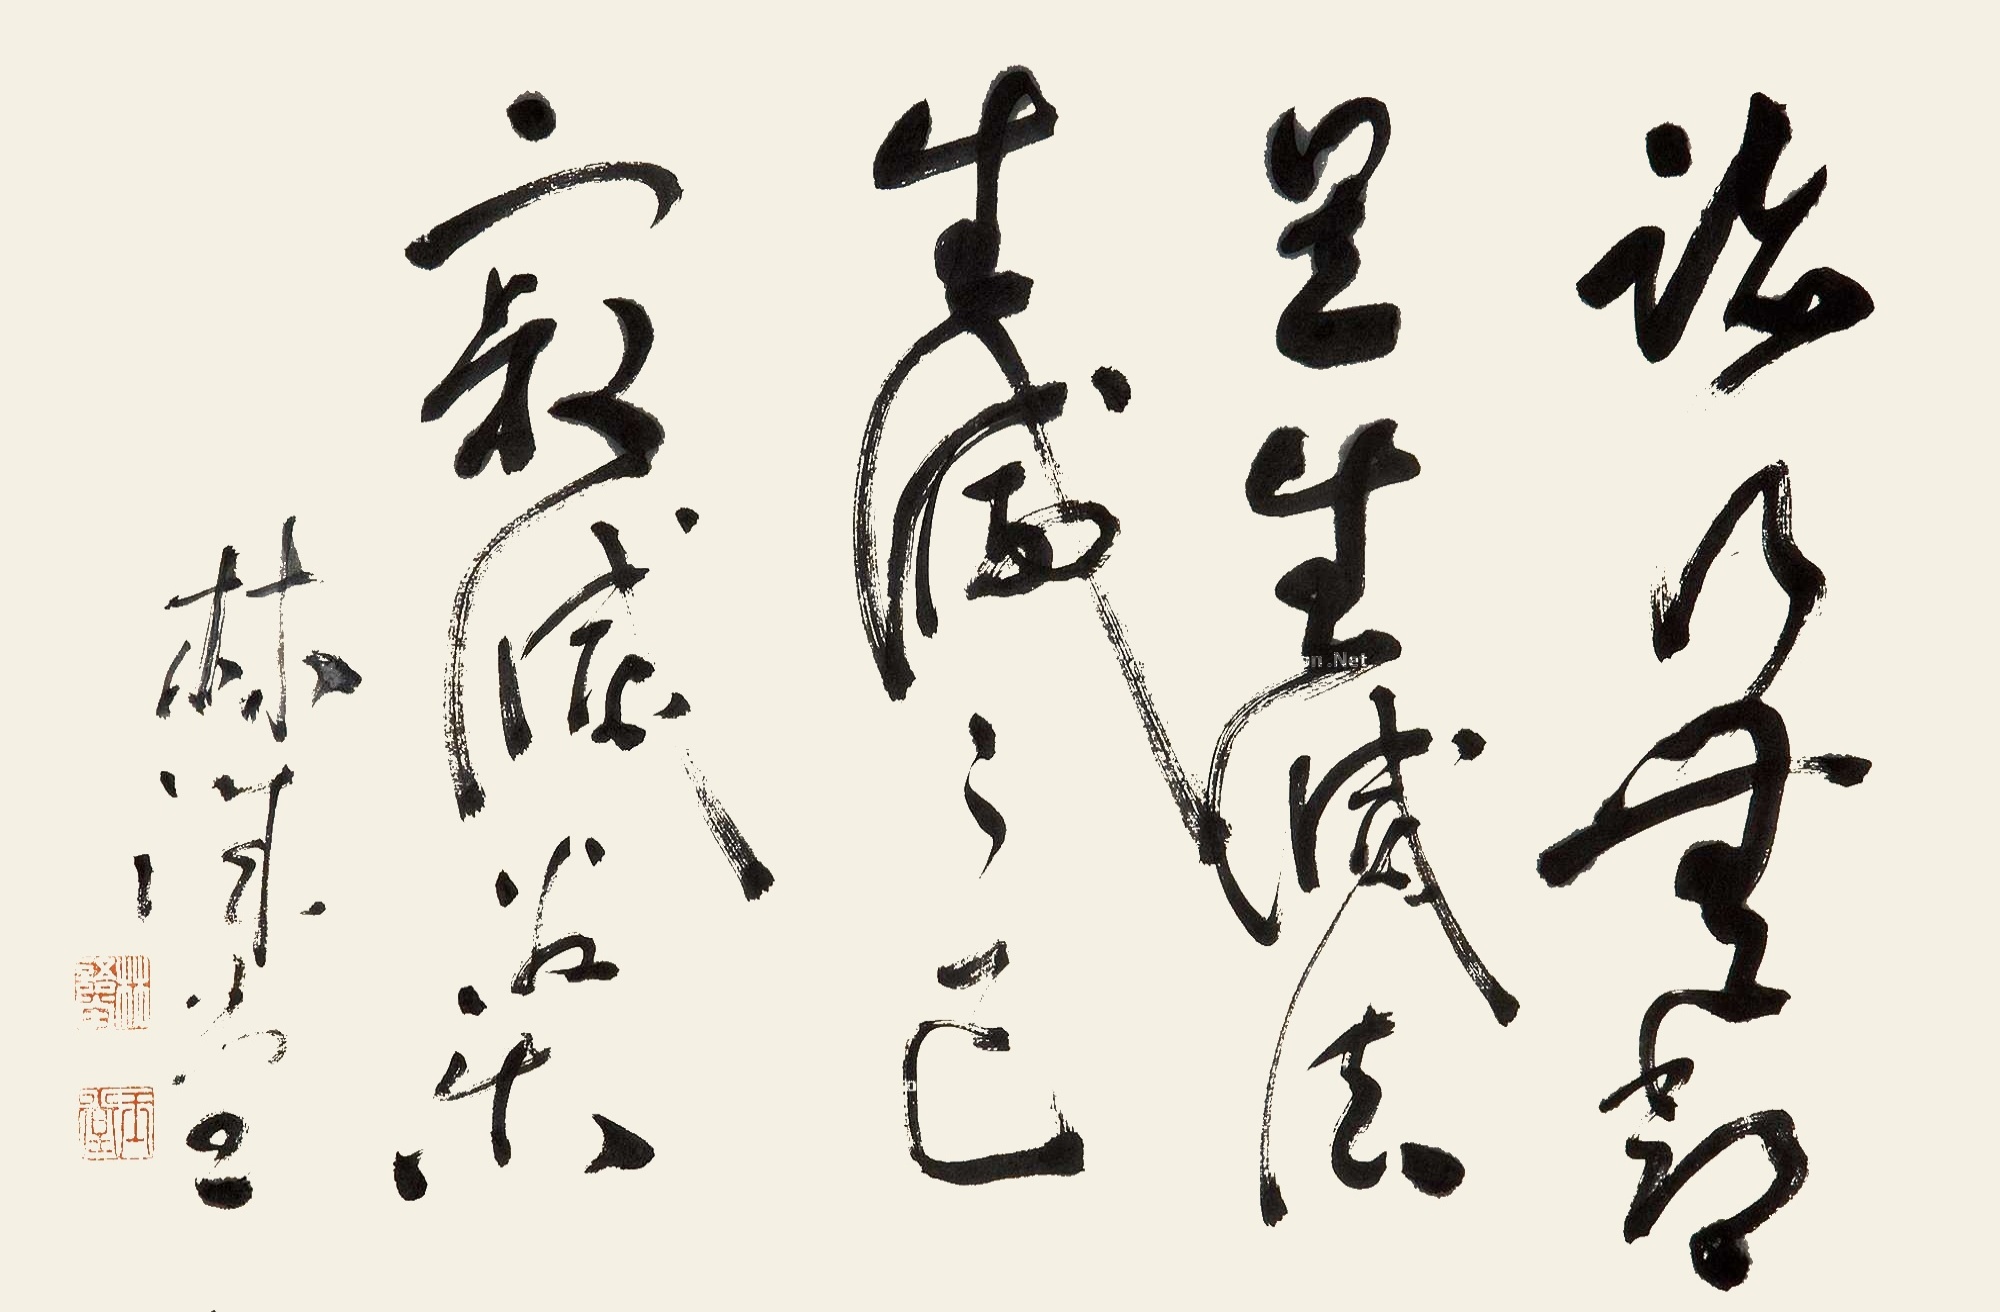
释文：诸行无常，是生灭法；生灭灭已，寂灭为乐。林语堂。